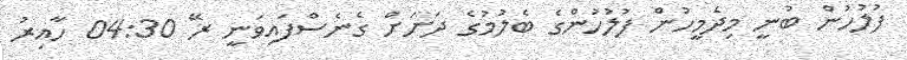
ފުލުހުން ބުނީ މިދެމީހުން ފުލުހުންގެ ބެލުމުގެ ދަށަށް ގެނެސްފައިވަނީ ރޭ 04:30 ހާއިރު